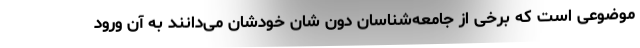
موضوعی است که برخی از جامعه‌شناسان دون شان خودشان می‌دانند به آن ورود